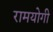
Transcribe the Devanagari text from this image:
रामयोगी